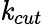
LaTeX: \mathit{k}_{cut}